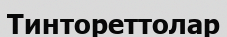
Тинтореттолар